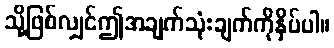
သို့ဖြစ်လျှင်ဤအချက်သုံးချက်ကိုနှိပ်ပါ။